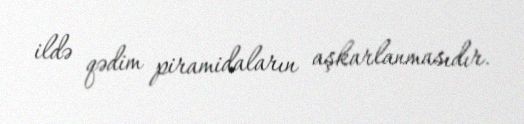
ildə qədim piramidaların aşkarlanmasıdır.